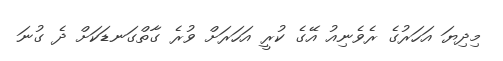
މިދިޔަ އަހަރުގެ ރެވެނިއު އޭގެ ކުރީ އަހަރަށް ވުރެ ގާތްގަނޑަކަށް ދެ ގުނަ